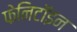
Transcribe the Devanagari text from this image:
फेनिटॉइन